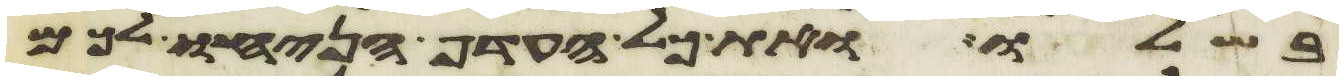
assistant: בשלו ואת כל העדף הניחו לכם